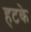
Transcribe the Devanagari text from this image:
हटके